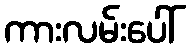
ကားလမ်းပေါ်